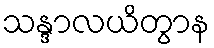
သန္ဒာလယိတွာန